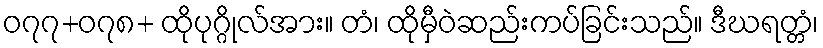
၀၇၇+၀၇၈+ ထိုပုဂ္ဂိုလ်အား။ တံ၊ ထိုမှီဝဲဆည်းကပ်ခြင်းသည်။ ဒီဃရတ္တံ၊